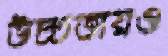
উচ্চতায়ও